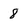
Character: 8